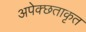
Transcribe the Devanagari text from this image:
अपेक्छताकृत